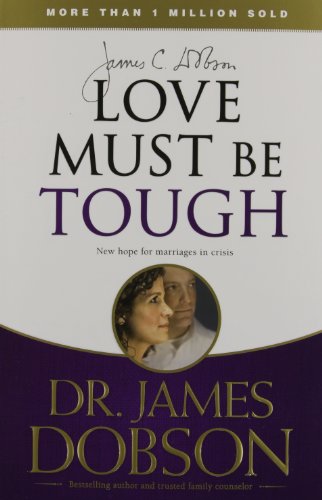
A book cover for Love Must Be Tough: New Hope for Marriages in Crisis; James C. Dobson; Parenting & Relationships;